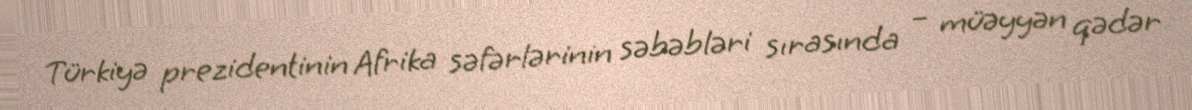
Türkiyə prezidentinin Afrika səfərlərinin səbəbləri sırasında – müəyyən qədər